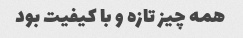
همه چیز تازه و با کیفیت بود